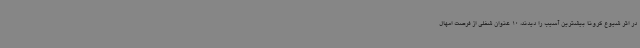
در اثر شیوع کرونا بیشترین آسیب را دیدند، 10 عنوان شغلی از فرصت امهال